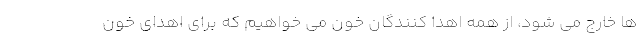
ها خارج می شود، از همه اهدا کنندگان خون می خواهیم که برای اهدای خون